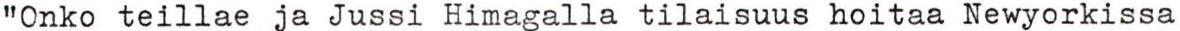
"Onko teillae ja Jussi Himagalla tilaisuus hoitaa Newyorkissa